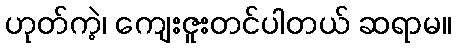
ဟုတ်ကဲ့၊ ကျေးဇူးတင်ပါတယ် ဆရာမ။